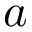
a